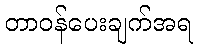
တာဝန်ပေးချက်အရ